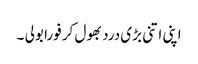
اپنی اتنی بڑی درد بھول کر فورا بولی ۔